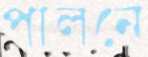
পালনে